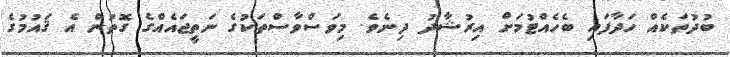
ބުދުތަކެއް ހަދާފައި ބެހެއްޓުމަށް އިރުޝާދު ދިނެވެ. މިވަސްވާސްތަކުގެ ނަތީޖައެއްގެ ގޮތުން އެ ޤައުމުގެ